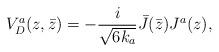
LaTeX: \begin{align*}V_D^a(z,\bar z)=-{i\over \sqrt {6k_a }} \bar J(\bar z) J^a (z),\end{align*}